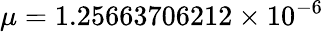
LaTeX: \mu=1.25663706212\times 10^{-6}